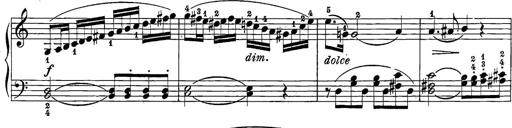
Title: 12 Sonatine per Pianoforte
Composer: Friedrich Kuhlau